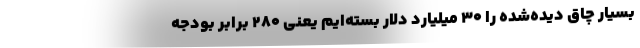
بسیار چاق دیده‌شده را 30 میلیارد دلار بسته‌ایم یعنی 280 برابر بودجه